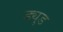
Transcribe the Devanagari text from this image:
ड्युड